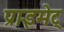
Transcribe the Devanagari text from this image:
प्राइमेट्